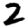
Digit: 2